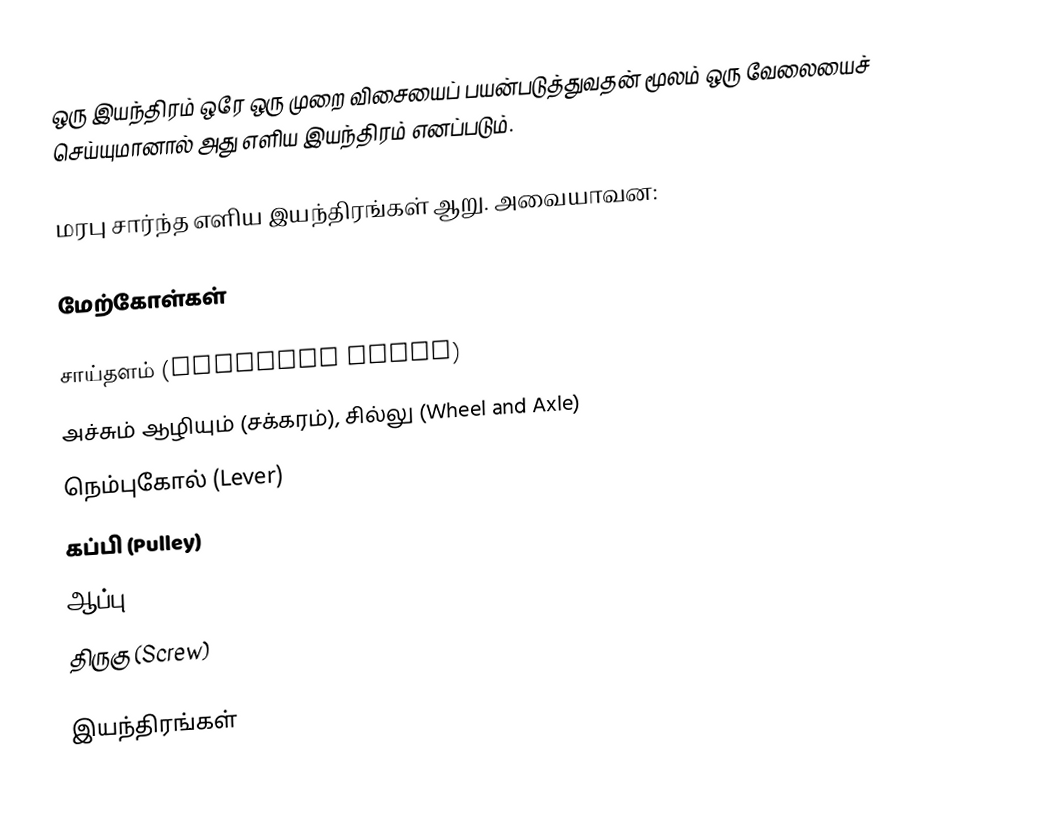
ஒரு இயந்திரம் ஒரே ஒரு முறை விசையைப் பயன்படுத்துவதன் மூலம் ஒரு வேலையைச் செய்யுமானால் அது எளிய இயந்திரம் எனப்படும்.

மரபு சார்ந்த எளிய இயந்திரங்கள் ஆறு. அவையாவன:

மேற்கோள்கள்

 சாய்தளம் (Inclined Plane)
 அச்சும் ஆழியும் (சக்கரம்), சில்லு (Wheel and Axle)
 நெம்புகோல் (Lever)
 கப்பி (Pulley)
 ஆப்பு (Wedge)
 திருகு (Screw)

இயந்திரங்கள்